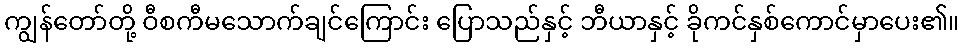
ကျွန်တော်တို့ ဝီစကီမသောက်ချင်ကြောင်း ပြောသည်နှင့် ဘီယာနှင့် ခိုကင်နှစ်ကောင်မှာပေး၏။